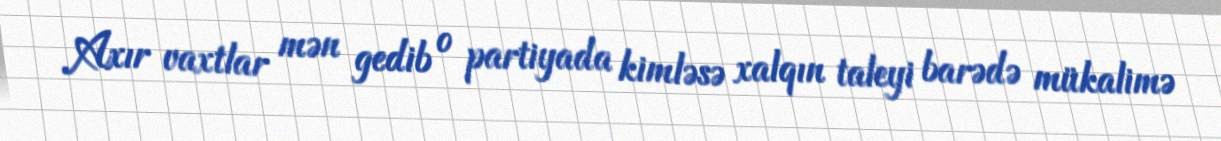
Axır vaxtlar mən gedib o partiyada kimləsə xalqın taleyi barədə mükalimə